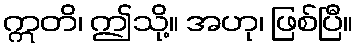
ဣတိ၊ ဤသို့။ အဟု၊ ဖြစ်ပြီ။